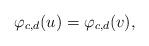
LaTeX: \begin{align*} \varphi_{c,d}(u) = \varphi_{c,d}(v),\end{align*}